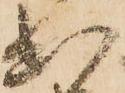
出